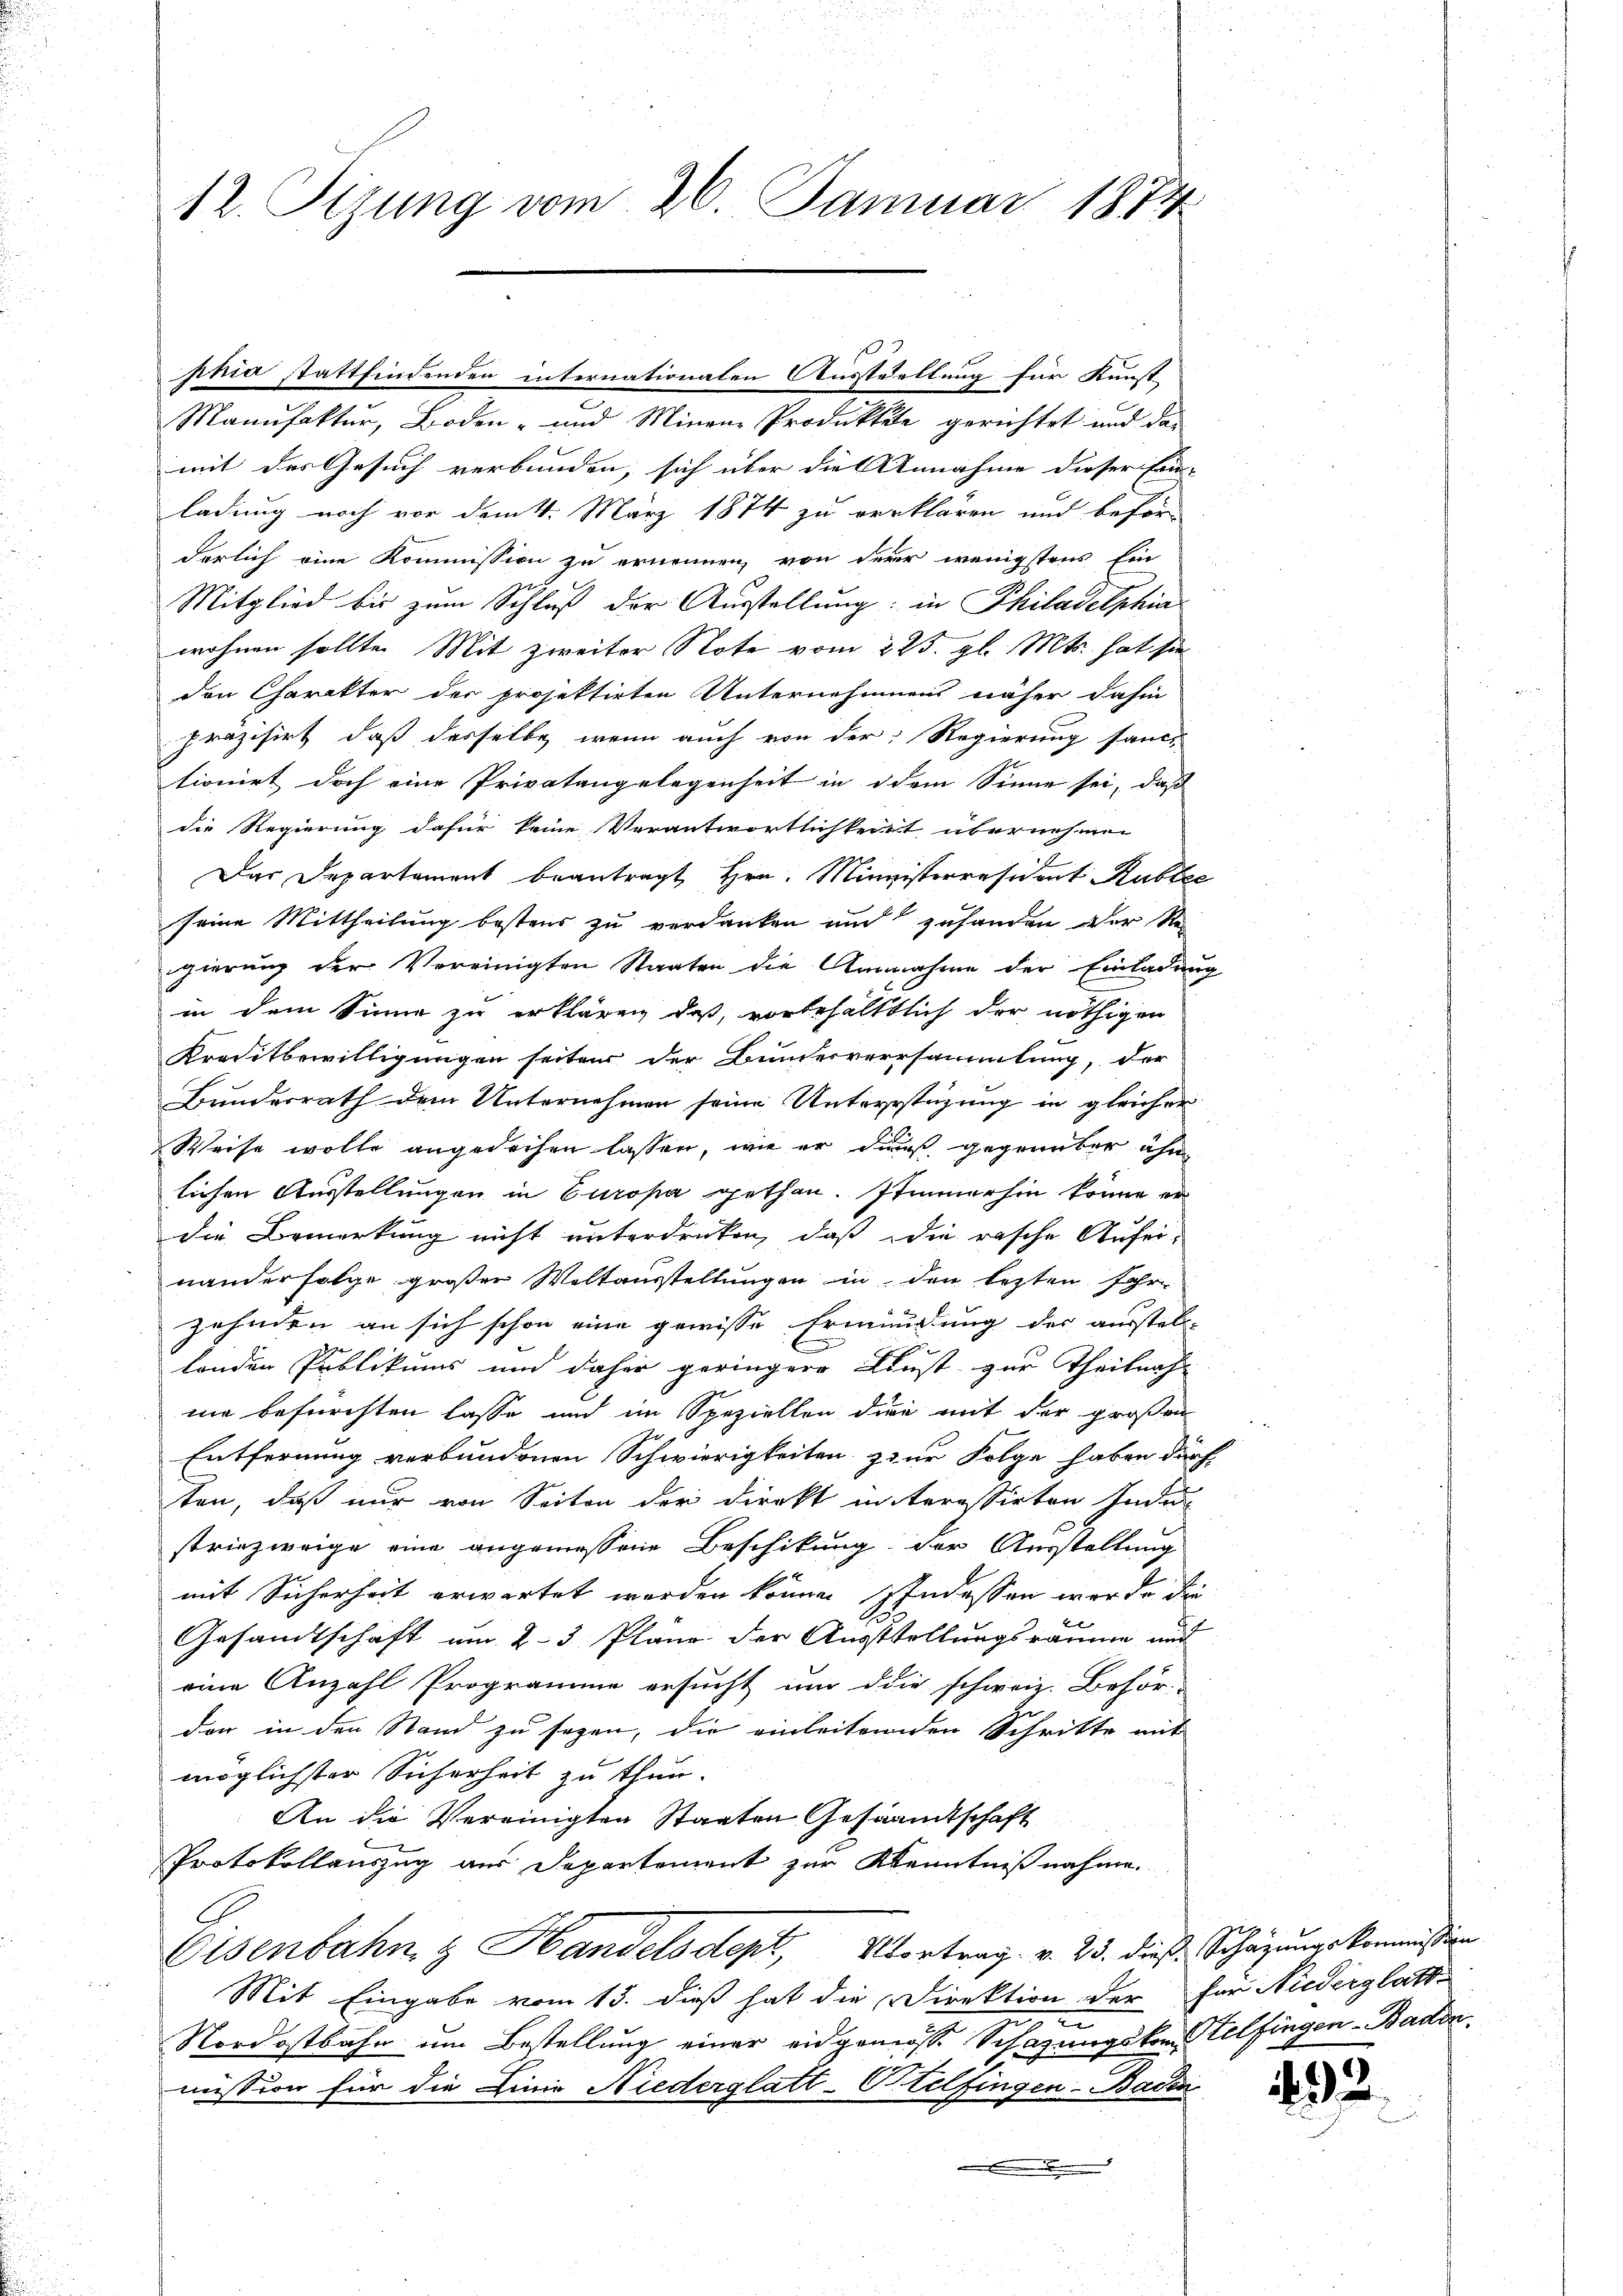
12. Tizung vom 26. Januar 1874

phia stattfindenden internationalen Ausstellung für Kunst-
Manufaktur, Boden- und Minene Produktete gerichtet und das
mit des Gesuch verbunden, sich über die Annahme dieser Ein-
ladung noch vor dem 4. März 1874 zu verklären und beförderlich eine Kommission zu ernennen, von derer wenigstens Ein
Mitglied bis zum Schluß der Ausstellung; in Philadelphin
wohnen sollte. Mit zweiter Note vom 225. gl. Mts. hat sie
den Charakter der projektirten Unternehmens näher dahin
präzisirt, daß desselbe wenn auch von der Regierung sandt
tionirt doch eine Privatangelegenheit in dem Sinne sei, daß
die Regierung dafür keine Verantwortlichkeit übernehmi
Das Departement beantragt Hrn. Ministerresident Rublée
seine Mittheilung bestens zu verdanken und zuhanden der Re-
gierung der Vereinigten Staaten die Annahme der Einladung
in dem Sinne zu erklären, daß, vorbehälttlich der nöthigen
Kreditbewilligungen seiter der Bundesversammlung, der
Bundesrath dem Unternehmen seine Unterstüzung in gleicher
Weise wolle angedeihen lassen, wie er diens gegründer ähn
lichen Ausstellungen in Europa gethan. Immerhin könne er
die Bemerkung nicht unterdrücken, daß die rasche Aufeinanderfolge großer Weltausstellungen in den lezten Jahr
Zehnden an sich schon eine gewisse Ermüdung des ausstell
d
landen Publikums und daher geringere Kunst zur Theilnah-
mie befürchten lasse und im Speziellen dien mit der großen
Entfernung verbundenen Schwierigkeiten zur Folge haben dürf
ten, daß nur von Seiten der Direkt in teressirten Indu
striezweige eine angemessene Beschikung der Ausstellung
mit Sicherheit erwartet werden können Indessen werde die
Gesandtschaft um 2-3 Pläne der Ausstellungsräume und
eine Anzahl Programme ersucht um die schweiz. Behör-
der in den Stand zu sagen, die einleitenden Schritte mit
möglichster Sicherheit zu thun.
An die Vereinigten Staaten Gesandtschaft
Protokollauszug aus Departement zur Kenntnißnahme.
Eisenbahn & Handelsdept, Übertrag. v. 25. dieß. Schazungskommission
Mit Eingabe vom 13. dieß hat die Direktion der für Niederglatt
.
Nordostbahn um Bestellung einer eidgenosse Schazungskon, Telfingen - Baden.
mission für die Linie Niederglatt-Otelfingen - Baden

2